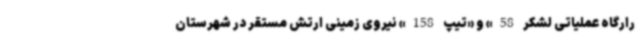
رارگاه عملیاتی لشکر 58» و «تیپ 158» نیروی زمینی ارتش مستقر در شهرستان